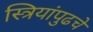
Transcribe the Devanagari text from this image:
स्त्रियांपुढचे